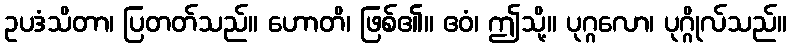
ဥပဒံသိတာ၊ ပြတတ်သည်။ ဟောတိ၊ ဖြစ်၏။ ဧဝံ၊ ဤသို့။ ပုဂ္ဂလော၊ ပုဂ္ဂိုလ်သည်။